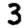
Digit: 3